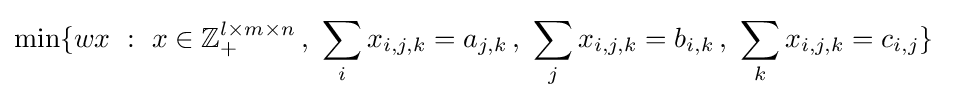
\min\{wx\ :\ x\in {\mathbb {Z} }_{+}^{l\times m\times n}\,,\ \sum _{i}x_{i,j,k}=a_{j,k}\,,\ \sum _{j}x_{i,j,k}=b_{i,k}\,,\ \sum _{k}x_{i,j,k}=c_{i,j}\}\